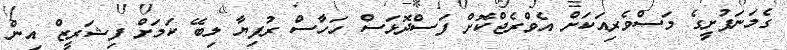
ގެމަނަފުށީގެ މަސްވެރިއަކަށް އެވްރެޖްކޮށް ފަސްދޮޅަސް ހަހާސް ރުފިޔާ ލިބޭ ކަމަށް ފިޝަރީޒް އިން